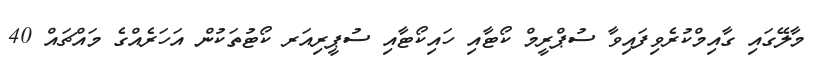
މާލޭގައި ގާއިމްކުރެވިފައިވާ ސުޕްރީމް ކޯޓާއި ހައިކޯޓާއި ސުޕީރިއަރ ކޯޓުތަކުން އަހަރެއްގެ މައްޗައް 40